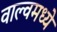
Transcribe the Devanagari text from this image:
वाल्वमध्ये